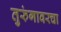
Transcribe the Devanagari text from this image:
तुरुंगावरचा